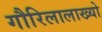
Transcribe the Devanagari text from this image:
गौरिलालाख्यो